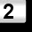
Digit: 2